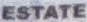
ESTATE